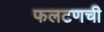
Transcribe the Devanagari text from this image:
फलटणची